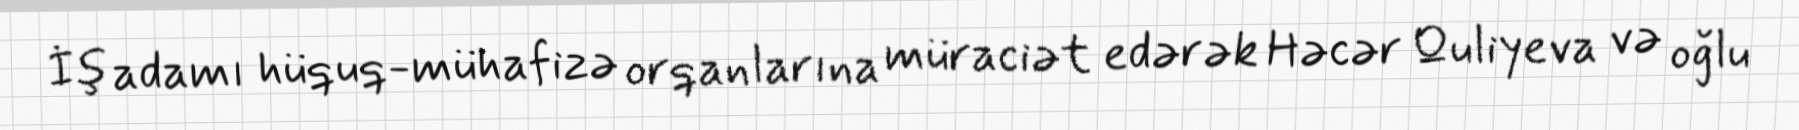
İş adamı hüquq-mühafizə orqanlarına müraciət edərək Həcər Quliyeva və oğlu